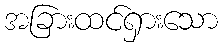
အခြားထင်ရှားသော